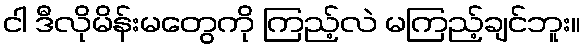
ငါ ဒီလိုမိန်းမတွေကို ကြည့်လဲ မကြည့်ချင်ဘူး။